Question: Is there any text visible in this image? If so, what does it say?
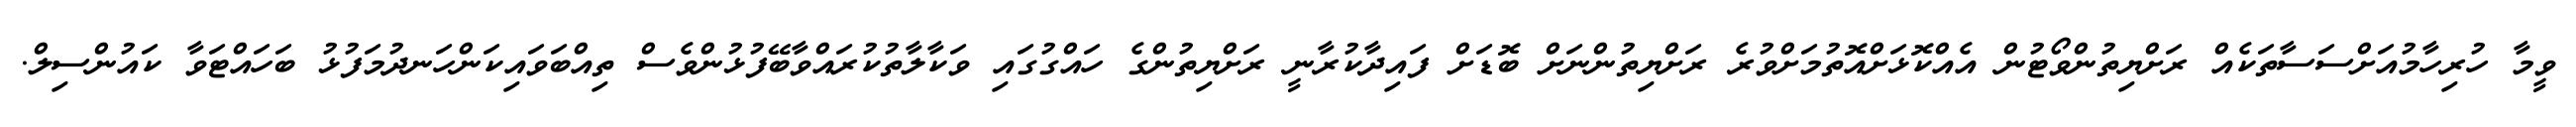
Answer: ވީމާ ހުރިހާމުއަށްސަސާތަކެއް ރަށްޔިތުންވޯޓުން އެއްކޮޅަށްއޮތުމަށްވުރެ ރަށްޔިތުންނަށް ބޮޑަށް ފައިދާކުރާނީ ރަށްޔިތުންގެ ހައްގުގައި ވަކާލާތުކުރައްވާބޭފުޅުންވެސް ތިއްބަވައިކަންހަނދުމަފުޅު ބަހައްޓަވާ ކައުންސިލް.